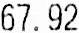
67.92